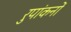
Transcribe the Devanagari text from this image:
रुपांकनों